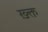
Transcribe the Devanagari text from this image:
ख़्क्त